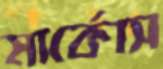
মার্কোস